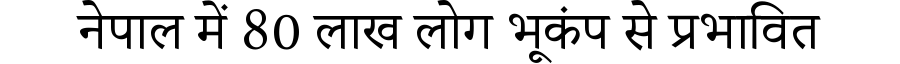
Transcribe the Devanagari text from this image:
नेपाल में 80 लाख लोग भूकंप से प्रभावित